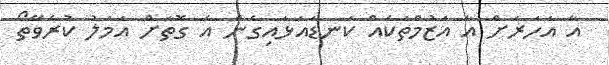
އާ އަހަރަށް އާ އަޒުމްތަކެއް ކަނޑައަޅައިގެން އެ ގޮތަށް އަމަލު ކުރެވޭތޯ